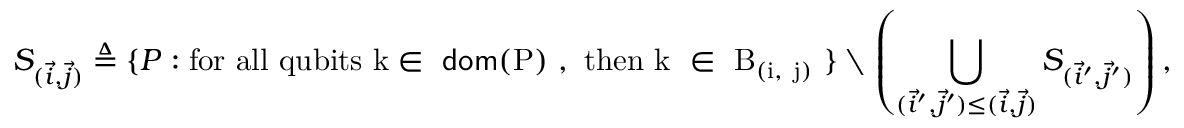
S _ { ( \vec { i } , \vec { j } ) } \triangleq \{ P : \mathrm { f o r ~ a l l ~ q u b i t s ~ k \in ~ \mathsf { d o m } ( P ) ~ , ~ t h e n ~ k ~ \in ~ B _ { ( \vec { i } , ~ \vec { j } ) } ~ } \} \setminus \left( \bigcup _ { ( \vec { i } ^ { \prime } , \vec { j } ^ { \prime } ) \leq ( \vec { i } , \vec { j } ) } S _ { ( \vec { i } ^ { \prime } , \vec { j } ^ { \prime } ) } \right) ,